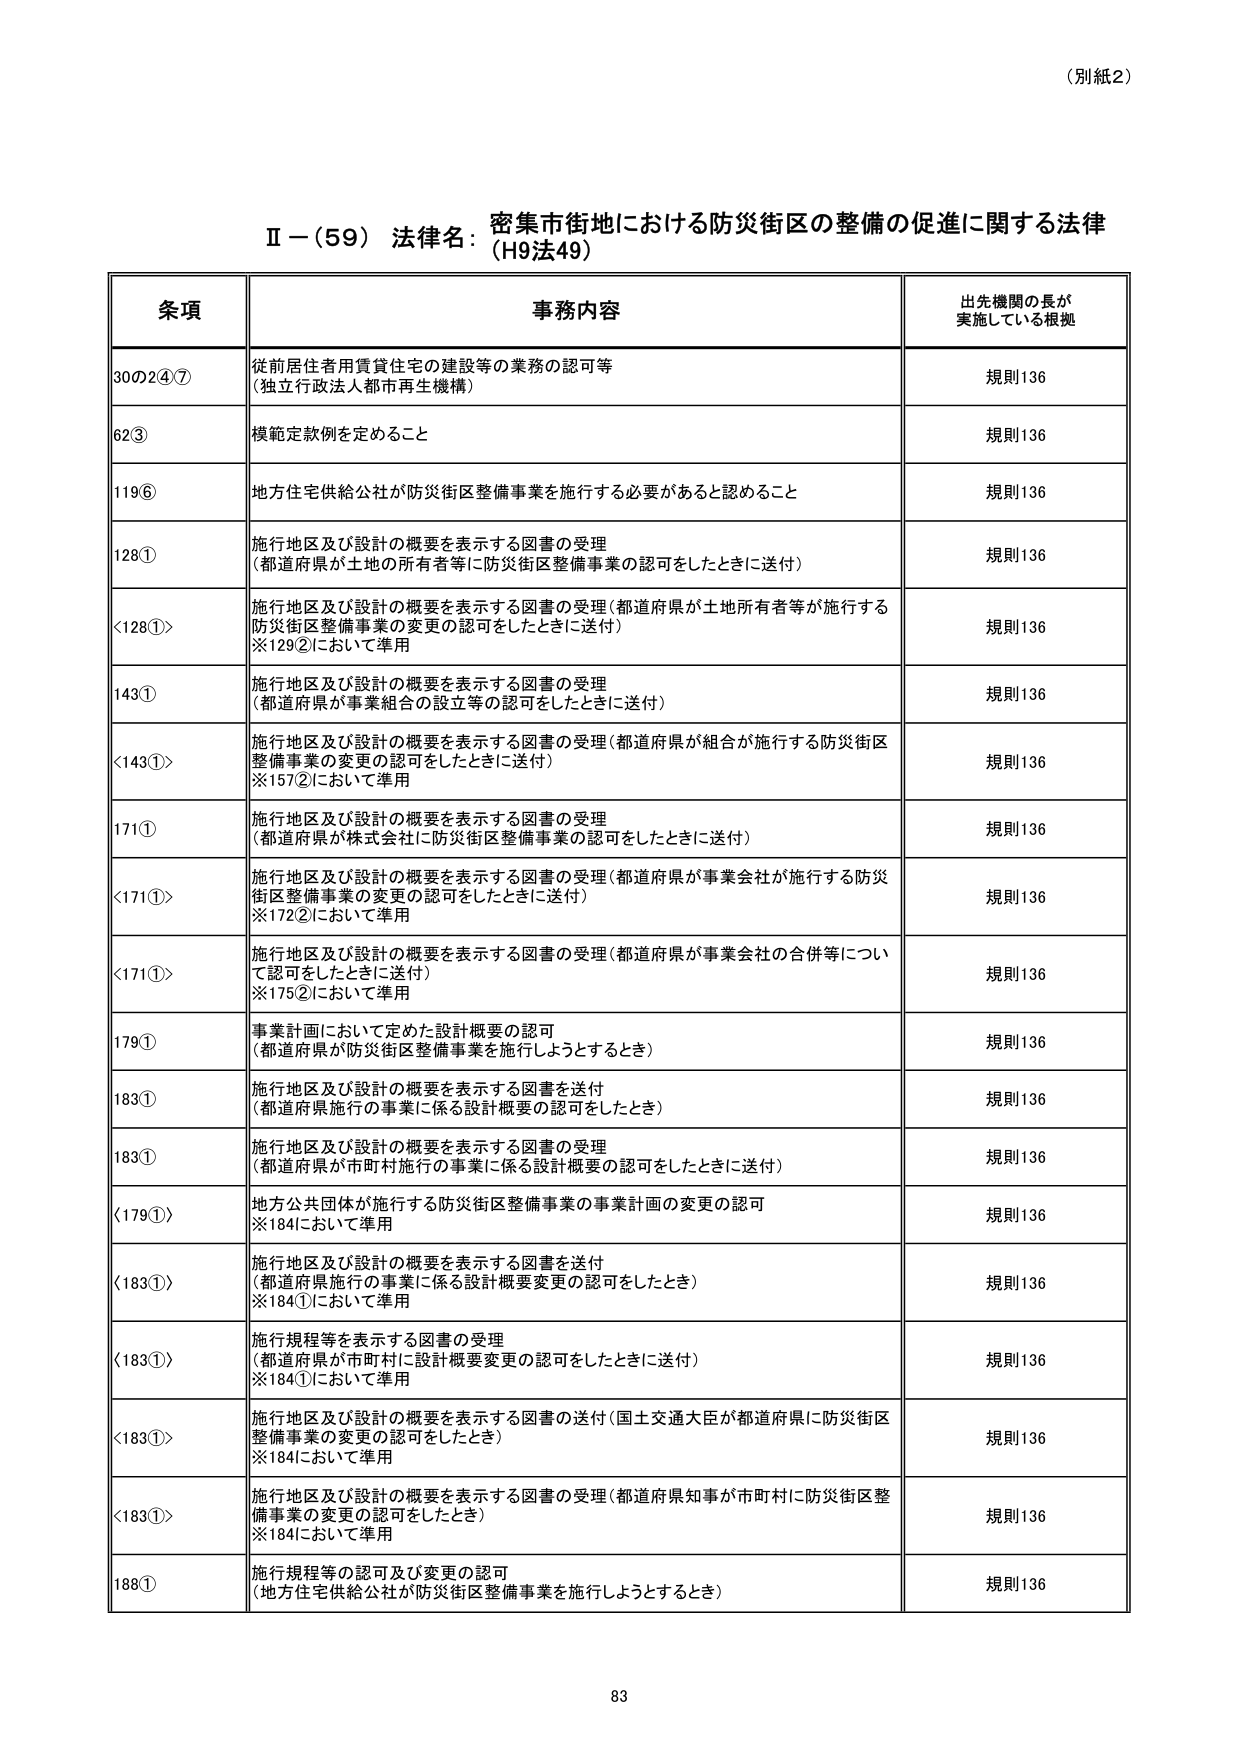
（別紙2）

Ⅱ－（59）法律名：密集市街地における防災街区の整備の促進に関する法律（H9法49）

条項 事務内容 出先機関の長が実施している根拠

30の2④⑦ 従前居住者用賃貸住宅の建設等の業務の認可等 （独立行政法人都市再生機構） 規則136

62③ 模範定款例を定めること 規則136

119⑥ 地方住宅供給公社が防災街区整備事業を施行する必要があると認めること 規則136

128① 施行地区及び設計の概要を表示する図書の受理 （都道府県が土地の所有者等に防災街区整備事業の認可をしたときに送付） 規則136

<128①> 施行地区及び設計の概要を表示する図書の受理（都道府県が土地所有者等が施行する防災街区整備事業の変更の認可をしたときに送付） ※129②において準用 規則136

143① 施行地区及び設計の概要を表示する図書の受理 （都道府県が事業組合の設立等の認可をしたときに送付） 規則136

<143①> 施行地区及び設計の概要を表示する図書の受理（都道府県が組合が施行する防災街区整備事業の変更の認可をしたときに送付） ※157②において準用 規則136

171① 施行地区及び設計の概要を表示する図書の受理 （都道府県が株式会社に防災街区整備事業の認可をしたときに送付） 規則136

<171①> 施行地区及び設計の概要を表示する図書の受理（都道府県が事業会社が施行する防災街区整備事業の変更の認可をしたときに送付） ※172②において準用 規則136

<171①> 施行地区及び設計の概要を表示する図書の受理（都道府県が事業会社の合併等について認可をしたときに送付） ※175②において準用 規則136

179① 事業計画において定めた設計概要の認可 （都道府県が防災街区整備事業を施行しようとするとき） 規則136

183① 施行地区及び設計の概要を表示する図書を送付 （都道府県施行の事業に係る設計概要の認可をしたとき） 規則136

183① 施行地区及び設計の概要を表示する図書の受理 （都道府県が市町村施行の事業に係る設計概要の認可をしたときに送付） 規則136

<179①> 地方公共団体が施行する防災街区整備事業の事業計画の変更の認可 ※184において準用 規則136

<183①> 施行地区及び設計の概要を表示する図書を送付 （都道府県施行の事業に係る設計概要変更の認可をしたとき） ※184①において準用 規則136

<183①> 施行規程等を表示する図書の受理 （都道府県が市町村に設計概要変更の認可をしたときに送付） ※184①において準用 規則136

<183①> 施行地区及び設計の概要を表示する図書の送付（国土交通大臣が都道府県に防災街区整備事業の変更の認可をしたとき） ※184において準用 規則136

<183①> 施行地区及び設計の概要を表示する図書の受理（都道府県知事が市町村に防災街区整備事業の変更の認可をしたとき） ※184において準用 規則136

188① 施行規程等の認可及び変更の認可 （地方住宅供給公社が防災街区整備事業を施行しようとするとき） 規則136

83